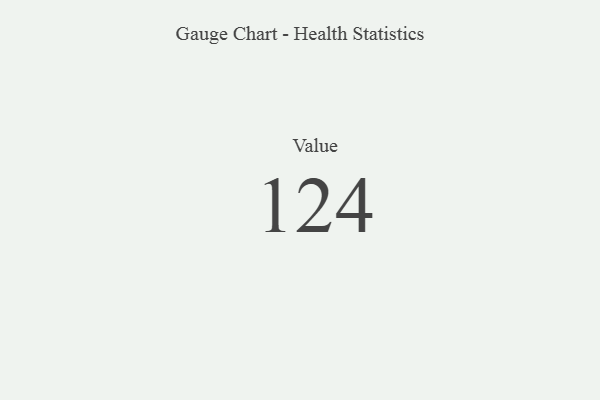
{"axis": {"x": "Metric", "y": "Value"}, "legend": [""], "data": [{"x": "Value", "y": 124, "type": ""}]}